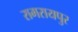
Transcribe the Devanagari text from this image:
रामरायपुर